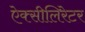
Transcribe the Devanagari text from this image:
ऐक्सीलिरेटर